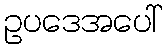
ဥပဒေအပေါ်